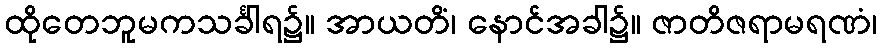
ထိုတေဘူမကသင်္ခါရ၌။ အာယတိံ၊ နောင်အခါ၌။ ဇာတိဇရာမရဏံ၊